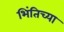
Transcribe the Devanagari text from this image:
भिंतिच्या